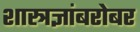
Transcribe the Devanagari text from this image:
शास्त्रज्ञांबरोबर